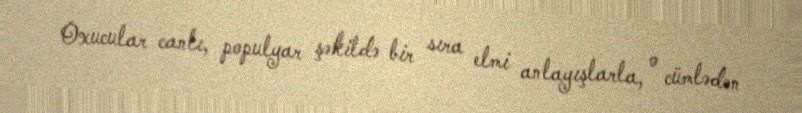
Oxucular canlı, populyar şəkildə bir sıra elmi anlayışlarla, o cümlədən